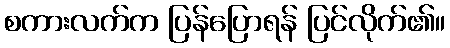
စကားလက်က ပြန်ပြောရန် ပြင်လိုက်၏။